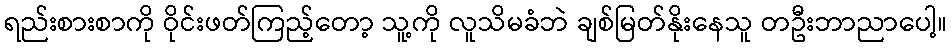
ရည်းစားစာကို ဝိုင်းဖတ်ကြည့်တော့ သူ့ကို လူသိမခံဘဲ ချစ်မြတ်နိုးနေသူ တဦးဘာညာပေါ့။